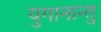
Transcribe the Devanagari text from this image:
युगानान्तु